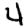
Digit: 4